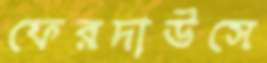
ফেরদাউসে